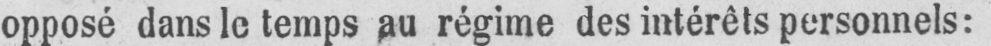
opposé dans le temps au régime des intérêts personnels: